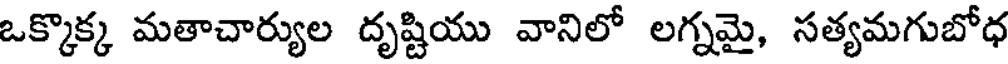
ఒక్కొక్క మతాచార్యుల దృష్టియు వానిలో లగ్నమై, సత్యమగుబోధ